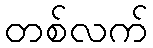
တစ်လက်